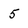
Character: 5